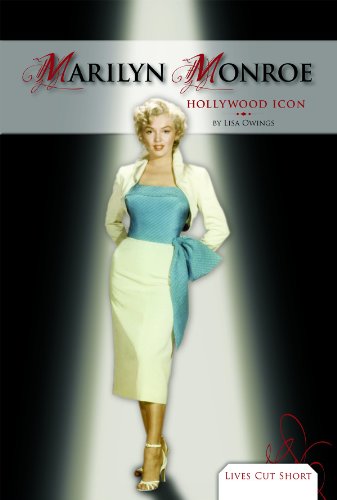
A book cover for Marilyn Monroe:: Hollywood Icon (Lives Cut Short); Lisa Owings; Teen & Young Adult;